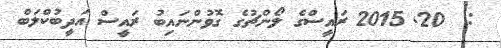
:  20